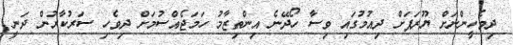
ދިވެހީންނަށް ޔޫރަޕަށް ދިއުމުގައި ވިސާ ހޯދޭނެ އިންތިޒާމު ހަމަޖެއްސުމަށް ދިވެހި ސަރުކާރުން ދަނީ